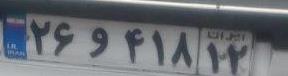
۲۶و۴۱۸۱۲